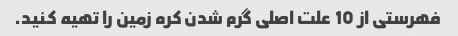
فهرستی از 10 علت اصلی گرم شدن کره زمین را تهیه کنید.